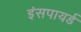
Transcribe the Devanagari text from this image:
इंसपायर्ड